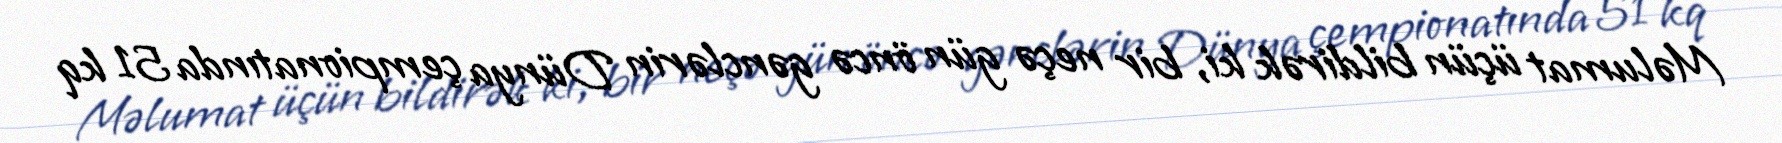
Məlumat üçün bildirək ki, bir neçə gün öncə gənclərin Dünya çempionatında 51 kq